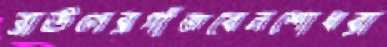
ব্রাউনেরগাঁজবেনশোধরা